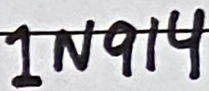
Text: 1N914